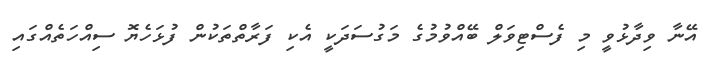
އޭނާ ވިދާޅުވީ މި ފެސްޓިވަލް ބޭއްވުމުގެ މަގުސަދަކީ އެކި ފަރާތްތަކުން ފުޅަހެޔޮ ސިއްހަތެއްގައި